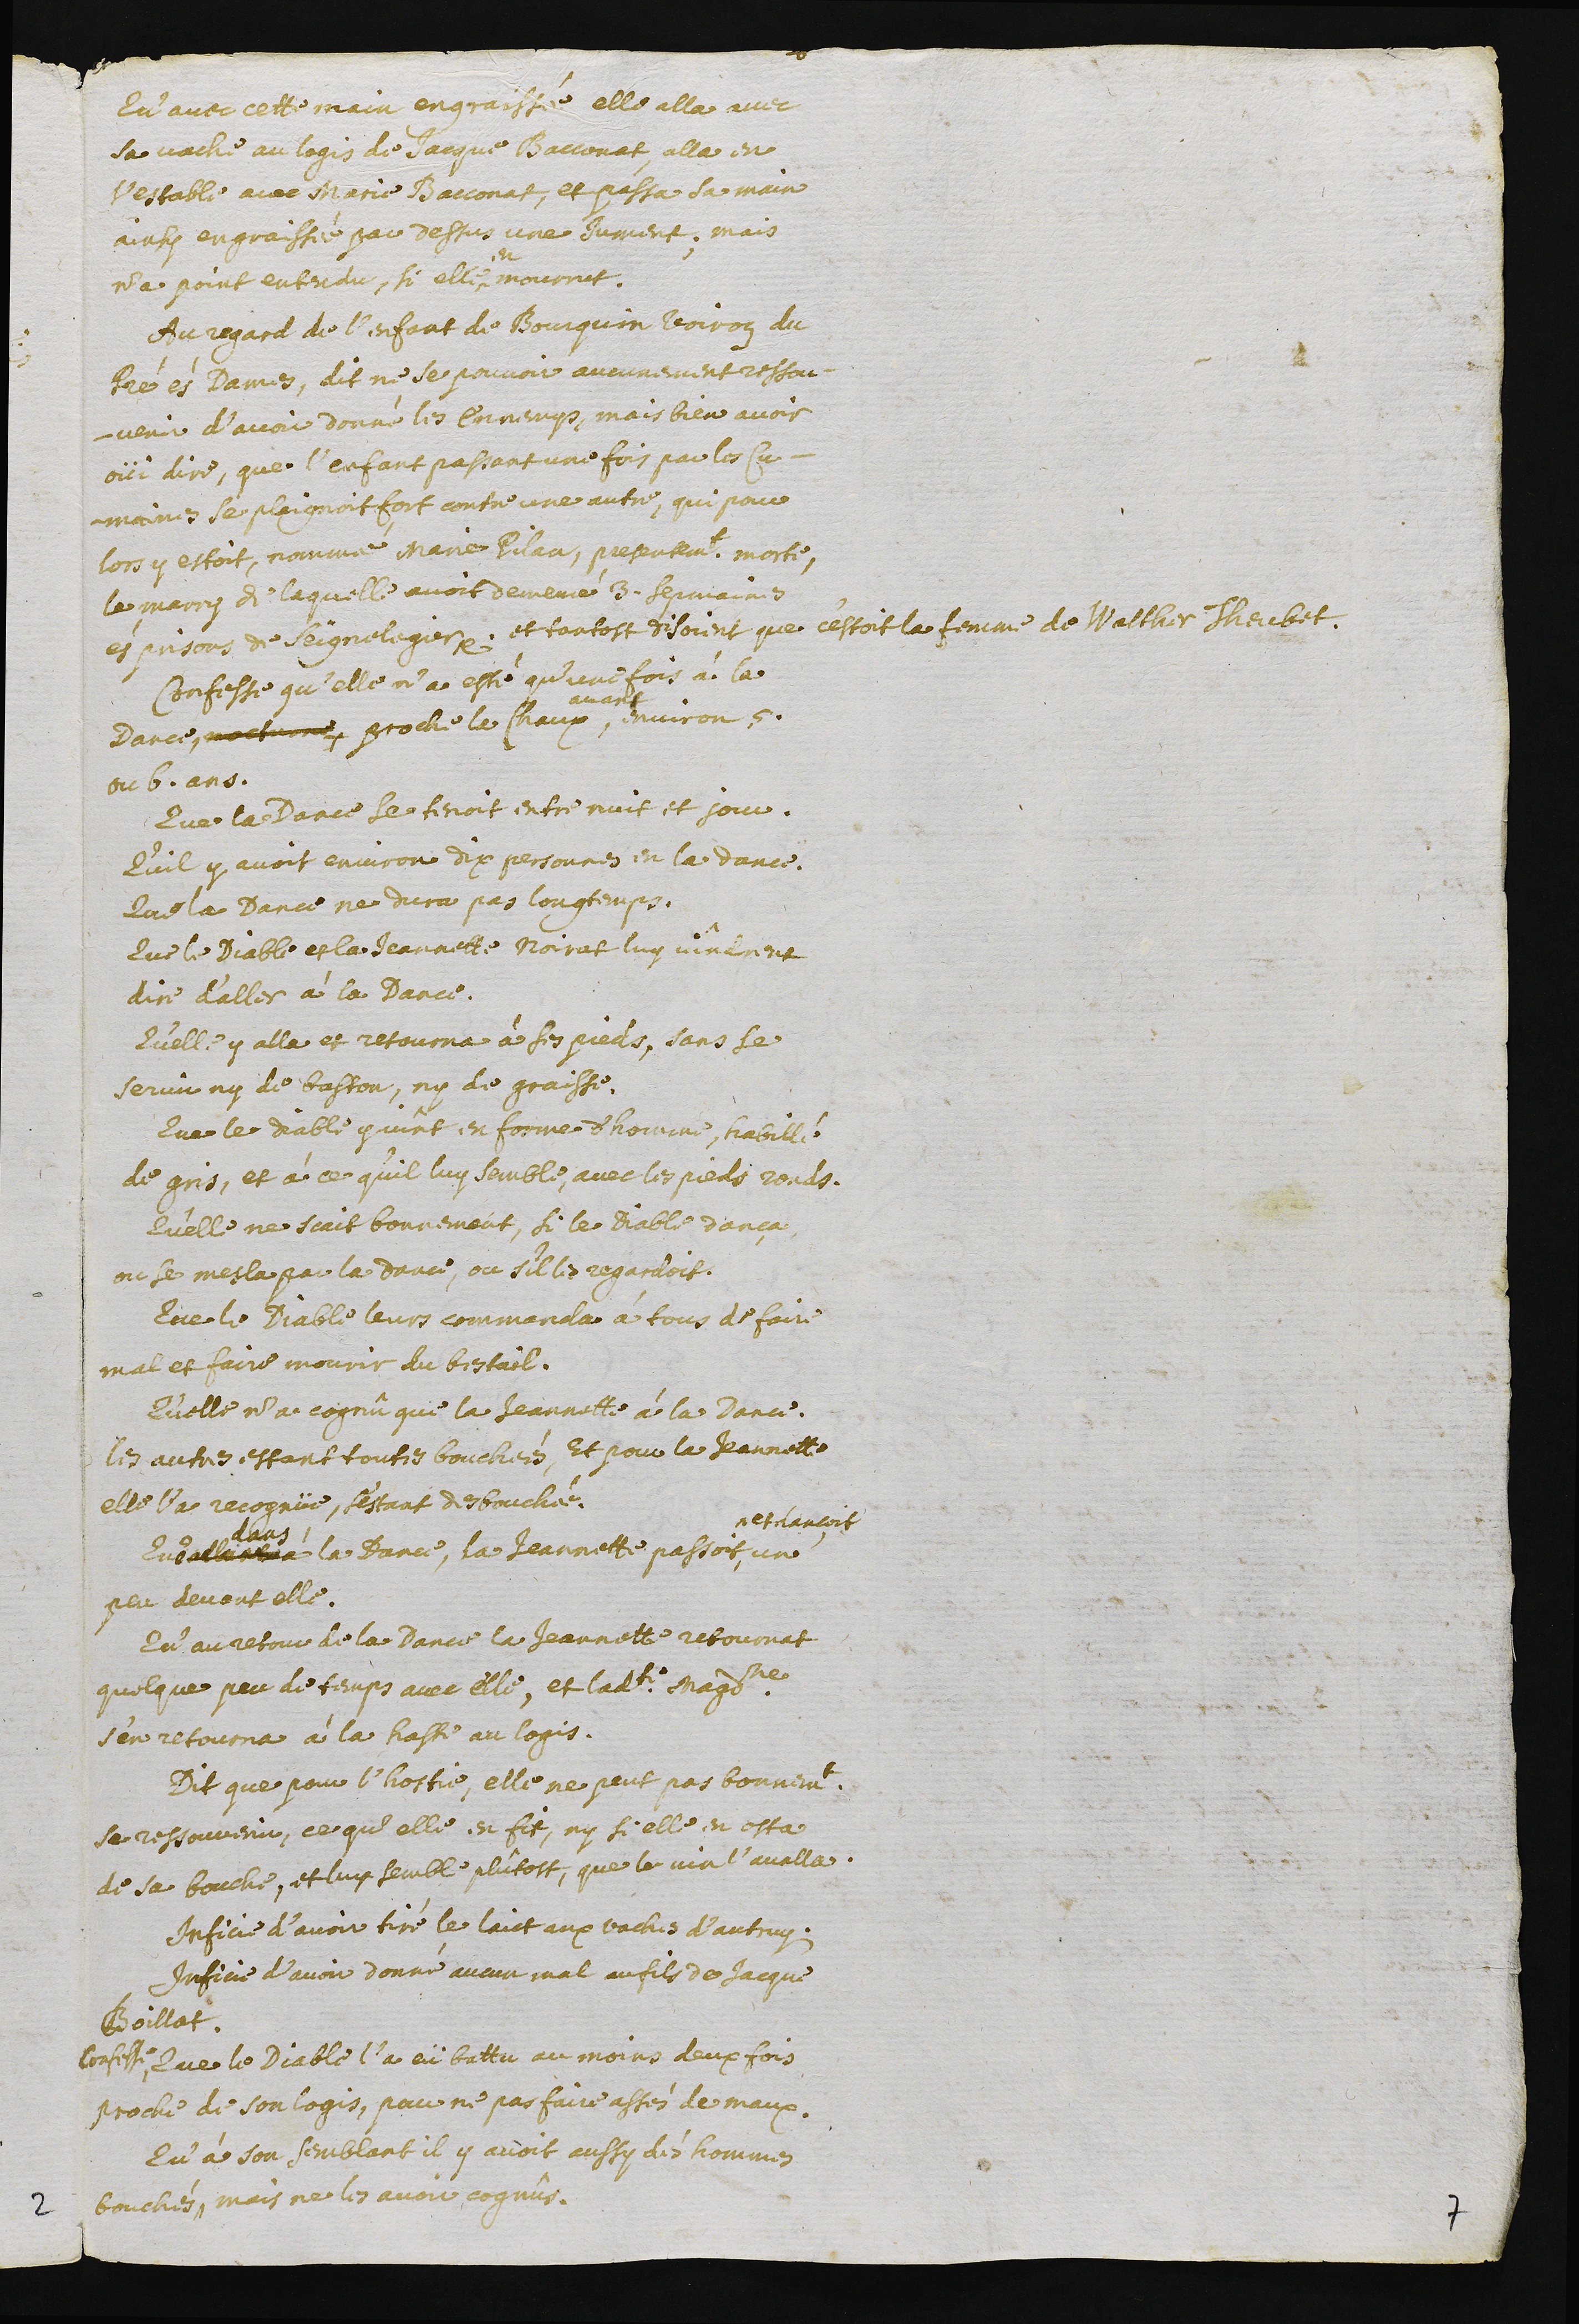
Qu’avec cette main engraissée elle alla avec
sa vache au logis de Jacque Bacconat, alla en
l’estable avec Marie Bacconat, et passa sa main
ainsy engraissée par dessus une jument ; mais
n’a point entendu, si elle^
en
mourrut.
Au regard de l’enfant de Bourquin Voiroz du
Pré és Dames, dit ne se pouvoir aucunement ressou-
venir d’avoir donné les ennemys, mais bien avoir
oüi dire, que l’enfant passant une fois, par les Cu-
maines se plaignoit fort contre une autre, qui pour
lors y estoit, nommée Marie Pilau, presentement morte,
le marry de laquelle avoit demeuré 3. sepmaines
és prisons de Saignelegier ?, et tantost disoient que c’estoit la femme de Walther Theubet.
Confesse qu’elle n’a esté qu’une fois à la
Dance, nocturne, proche la Chaux,
avant
environ 5.
ou 6. ans.
Que la Dance se tenoit entre nuit et jour.
Qu’il y avoit environ dix personnes en la dance.
Que la Dance ne dura pas longtemps.
Que le Diable et la Jeannette Noirat luy vindrent
dire d’aller à la Dance.
Qu’elle y alla et retourna à ses pieds, sans se
servir ny de baston, ny de graisse.
Que le diable y vint en forme d’homme, habillé
de gris, et à ce qu’il luy semble, avec les pieds ronds.
Qu’elle ne scait bonnement, si le Diable dança
ou se mesla par la dance, ou s’il les regardoit.
Que le Diable leurs commanda à tous de faire
mal et faire mourir du bestail.
Qu’elle n’a cognû que la Jeannette à la Dance,
les autres estant toutes bouchées, Et pour la Jeannette
elle l’a recognüe, s’estant desbouchée.
Que allant à
dans
la Dance, la Jeannette passoit,
^ et dançoit
un
peu devant elle.
Qu’au retour de la Dance la Jeannette retournat
quelque peu de temps avec elle, et ladite Magdeleine
s’en retourna à la haste au logis.
Dit que pour l’hostie, elle ne peut pas bonnement
se ressouvenir, ce que elle en fit, ny si elle en osta
de sa bouche, et luy semble plûtost, que le vin l’avalla.
Inficie d’avoit tiré le laict aux vaches d’autruy.
Inficie d’avoir donné aucun mal au fils de Jacque
Boillat.
Confesse, que le Diable l’a eü battu au moins deux fois,
proche de son logis, pour ne pas faire assés de maux.
Qu’à son semblant il y avoit aussy des hommes
bouchés, mais ne les avoir cognûs.